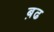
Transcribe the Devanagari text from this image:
ब़ढ